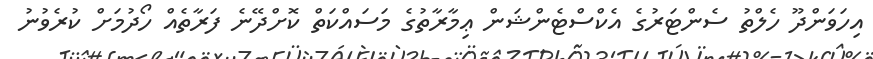
އިހަވަންދޫ ހެލްތު ސެންޓަރުގެ އެކްސްޓެންޝަން ޢިމާރާތުގެ މަސައްކަތް ކޮށްދޭނެ ފަރާތެއް ހޯދުމަށް ކުރެވުނު